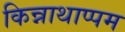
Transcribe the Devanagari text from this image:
किन्नाथाप्पम